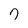
Character: 7